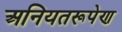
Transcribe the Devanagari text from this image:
अनियतरूपेण